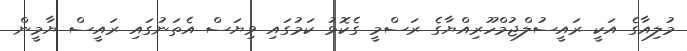
މުލިއާގެ އަކީ ރައީސުލްޖުމްހޫރިއްޔާގެ ރަސްމީ ގެކޮޅު ކަމުގައި ވިޔަސް އެތަނުގައި ރައީސް ޔާމީން